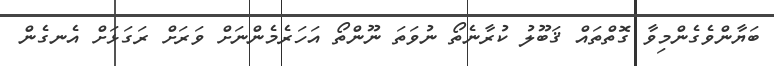
ބަޔާންވެގެންމިވާ ގޮތްތައް ޤަބޫލު ކުރާނެތޯ ނުވަތަ ނޫންތޯ އަހަރެމެންނަށް ވަރަށް ރަގަޅަށް އެނގެން